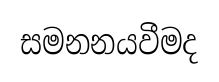
සමනනයවීමද